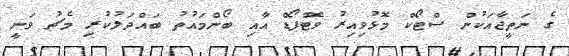
ގެ ނަތީޖާއަކުން ސްޓޯކް މޮޅުވިއިރު ވޮޓްފޯޑް އާއި ބޯންމައުތު ބައްދަލުކުރި މެޗު ވަނީ